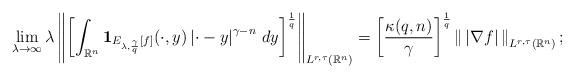
LaTeX: \begin{align*}&\lim_{\lambda\to\infty}\lambda\left\|\left[\int_{\mathbb{R}^n}\mathbf{1}_{E_{\lambda,\frac{\gamma}{q}}[f]}(\cdot,y)\left|\cdot-y\right|^{\gamma-n}\,dy\right]^\frac{1}{q}\right\|_{L^{r,\tau}(\mathbb{R}^n)}=\left[\frac{\kappa(q,n)}{\gamma}\right]^\frac{1}{q}\left\|\,\left|\nabla f\right|\,\right\|_{L^{r,\tau}(\mathbb{R}^n)};\end{align*}